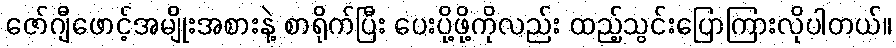
ဇော်ဂျီဖောင့်အမျိုးအစားနဲ့ စာရိုက်ပြီး ပေးပို့ဖို့ကိုလည်း ထည့်သွင်းပြောကြားလိုပါတယ်။